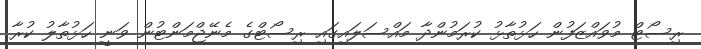
ރިސޯޓް މުވައްޒަފުން ހަޅުތާޅު ކުރަމުންދާ މައްސަލައިގައި ރިސޯޓްގެ މެނޭޖްމަންޓުން ވަނީ ހަޅުތާލު ކުރާ